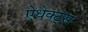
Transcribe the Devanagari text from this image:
ऐधेक्ट्स